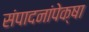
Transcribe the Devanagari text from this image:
संपादनांपेक्षा